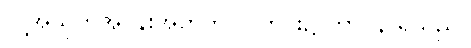
လူ့အသိုက်အဝန်းအတွက် လူတိုင်း၌ တာဝန် ရှိသည်။